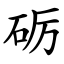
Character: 砺